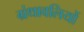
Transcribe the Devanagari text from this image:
ग्रंथावलियों